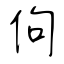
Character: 佝